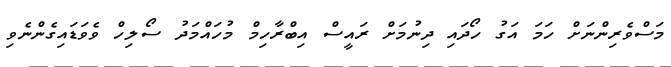
މަސްވެރިންނަށް ހަމަ އަގު ހޯދައި ދިނުމަށް ރައީސް އިބްރާހިމް މުހައްމަދު ސޯލިހް ވެވަޑައިގެންނެވި